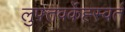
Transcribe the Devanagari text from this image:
लुफ़्तवर्केह्स्वर्त